Indian journal of veterinary science and animal husbandry - Volumes 15-17, 1948-1951
Year: 1948
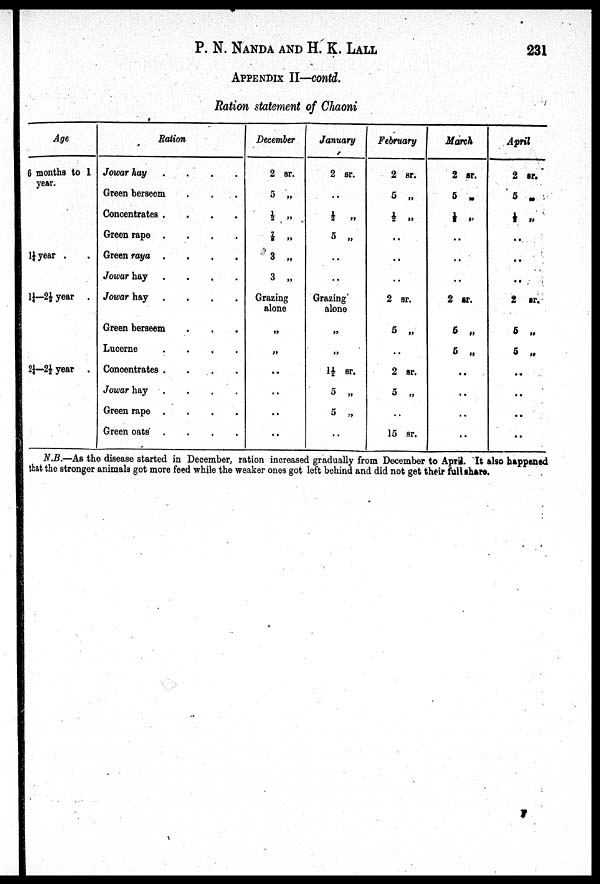
P. N. NANDA AND H. K. LALL 231
APPENDIX II—contd.
Ration statement of Chaoni
Age
6 months to 1
year.
1¼ year . .
1¼-2½ year . .
2¼—2½ year . .
Ration
Jowar hay .
.
.
.
Green berseem
Concentrates .
.
.
.
Green rape .
.
.
.
Green raya .
.
.
.
Jowar hay .
.
.
.
Jowar hay .
.
.
.
Green berseem
Lucerne
.
.
.
.
Concentrates .
.
.
.
Jowar hay .
.
.
.
Green rape .
.
.
.
Green oats .
.
.
.
December
2 sr.
5 „
½ „
⅞ „
3
„
3 „
Grazing
alone
„
„
..
..
..
..
January
2 sr.
..
½ „
5 „
..
..
Grazing
alone
„
„
1½ sr.
5 „
5 „
..
February
2 sr.
5 „
½ „
..
..
..
2 sr.
5 „
..
2 sr.
5 „
..
15 sr.
March
2 sr.
5 „
½ „
..
..
..
2
sr.
5 „
5 „
..
..
..
..
April
2 sr.
5 „
½ „
..
..
..
2 sr.
5 „
5 „
..
..
..
..
N.B.—As the disease started in December, ration increased gradually from December to April. It also happened
that the stronger animals got more feed while the weaker ones got left behind and did not get their full share.